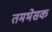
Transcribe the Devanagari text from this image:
तमभेसक